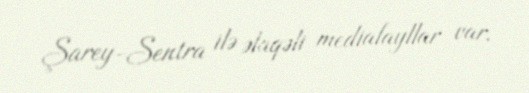
Şarey-Sentra ilə əlaqəli mediafayllar var.